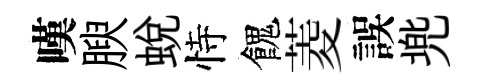
嘆腴蛻恃餽菱誤兠